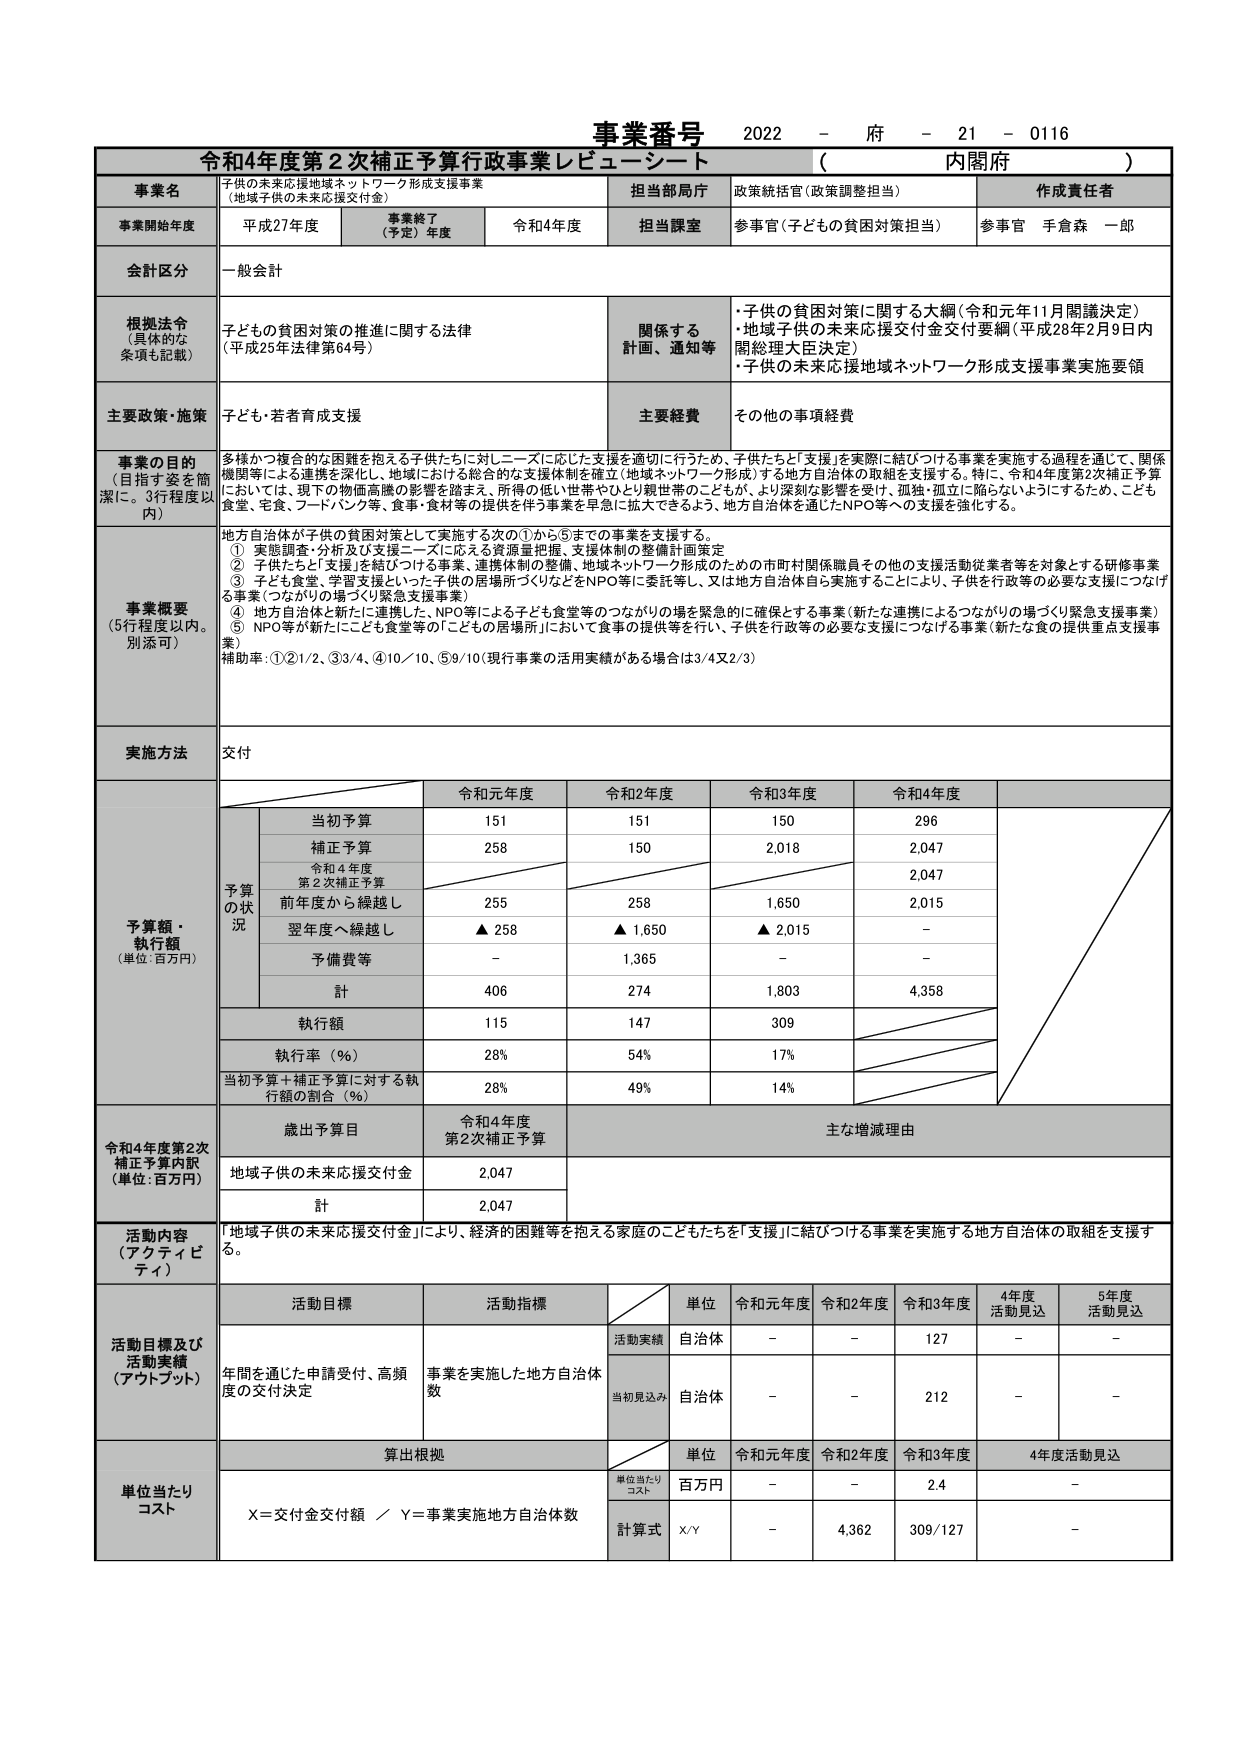
事業番号 2022 - 府 - 21 - 0116

令和4年度第2次補正予算行政事業レビューシート （ 内閣府 ）

事業名 子供の未来応援地域ネットワーク形成支援事業 （地域子供の未来応援交付金）
担当部局庁 政策統括官（政策調整担当）
作成責任者

事業開始年度 平成27年度 事業終了（予定）年度 令和4年度 担当課室 参事官（子どもの貧困対策担当） 参事官 手倉森 一郎

会計区分 一般会計

根拠法令（具体的な条項も記載） 子どもの貧困対策の推進に関する法律（平成25年法律第64号）
関係する計画・通知等
・子供の貧困対策に関する大綱（令和元年11月閣議決定）
・地域子供の未来応援交付金交付要綱（平成28年2月9日内閣総理大臣決定）
・子供の未来応援地域ネットワーク形成支援事業実施要領

主要政策・施策 子ども・若者育成支援 主要経費 その他の事項経費

事業の目的（目指す姿を簡潔に。3行程度以内） 多様かつ複合的な困難を抱える子供たちに対しニーズに応じた支援を適切に行うため、子供たちと「支援」を実際に結びつける事業を実施する過程を通じて、関係機関等による連携を深化し、地域における総合的な支援体制を確立（地域ネットワーク形成）する地方自治体の取組を支援する。特に、令和4年度第2次補正予算においては、現下の物価高騰の影響を踏まえ、所得の低い世帯やひとり親世帯のこどもが、より深刻な影響を受け、孤独・孤立に陥らないようにするため、こども食堂、宅食、フードバンク等、食事・食材等の提供を伴う事業を早急に拡大できるよう、地方自治体を通じたNPO等への支援を強化する。

事業概要（5行程度以内。別添可） 地方自治体が子供の貧困対策として実施する次の①から⑤までの事業を支援する。
① 実態調査・分析及び支援ニーズに応える資源量把握、支援体制の整備計画策定
② 子供たちと「支援」を結びつける事業、連携体制の整備、地域ネットワーク形成のための市町村関係職員その他の支援活動従業者等を対象とする研修事業
③ 子ども食堂、学習支援といった子供の居場所づくりなどをNPO等に委託等し、又は地方自治体自ら実施することにより、子供を行政等の必要な支援につなげる事業（つながりの場づくり緊急支援事業）
④ 地方自治体と新たに連携した、NPO等による子ども食堂等のつながりの場を緊急的に確保とする事業（新たな連携によるつながりの場づくり緊急支援事業）
⑤ NPO等が新たにこども食堂等の「こどもの居場所」において食事の提供等を行い、子供を行政等の必要な支援につなげる事業（新たな食の提供重点支援事業）
補助率：①②1/2、③3/4、④10/10、⑤9/10（現行事業の活用実績がある場合は3/4又2/3）

実施方法 交付

予算額・執行額（単位：百万円） 予算の状況
令和元年度 令和2年度 令和3年度 令和4年度
当初予算 151 151 150 296
補正予算 258 150 2,018 2,047
令和4年度第2次補正予算 2,047
前年度から繰越し 255 258 1,650 2,015
翌年度へ繰越し ▲ 258 ▲ 1,650 ▲ 2,015 -
予備費等 - 1,365 - -
計 406 274 1,803 4,358
執行額 115 147 309
執行率（％） 28% 54% 17%
当初予算＋補正予算に対する執行額の割合（％） 28% 49% 14%

令和4年度第2次補正予算内訳（単位：百万円） 歳出予算目 令和4年度第2次補正予算 主な増減理由
地域子供の未来応援交付金 2,047
計 2,047

活動内容（アクティビティ） 「地域子供の未来応援交付金」により、経済的困難等を抱える家庭のこどもたちを「支援」に結びつける事業を実施する地方自治体の取組を支援する。

活動目標及び活動実績（アウトプット） 活動目標 活動指標 単位 令和元年度 令和2年度 令和3年度 4年度活動見込 5年度活動見込
年間を通じた申請受付、高頻度の交付決定 事業を実施した地方自治体数 活動実績 自治体 - - 127 - -
当初見込み 自治体 - - 212 - -

単位当たりコスト 算出根拠 単位 令和元年度 令和2年度 令和3年度 4年度活動見込
単位当たりコスト 百万円 - - 2.4 -
計算式 X/Y - 4,362 309/127 -
X＝交付金交付額 ／ Y＝事業実施地方自治体数